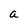
Character: a